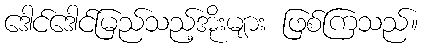
ဒေါင်ဒေါင်မြည်သည့်အိုးများ ဖြစ်ကြသည်။